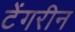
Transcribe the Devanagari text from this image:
टेंगरीन